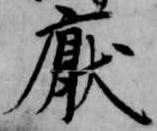
厭